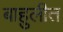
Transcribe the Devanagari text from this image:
बाहुलीत